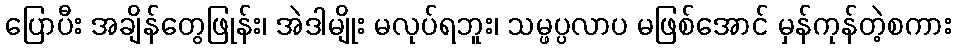
ပြောပီး အချိန်တွေဖြုန်း၊ အဲဒါမျိုး မလုပ်ရဘူး၊ သမ္ဖပ္ပလာပ မဖြစ်အောင် မှန်ကုန်တဲ့စကား